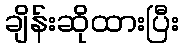
ချိန်းဆိုထားပြီး